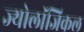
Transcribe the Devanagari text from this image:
ज्योलॉजिकल